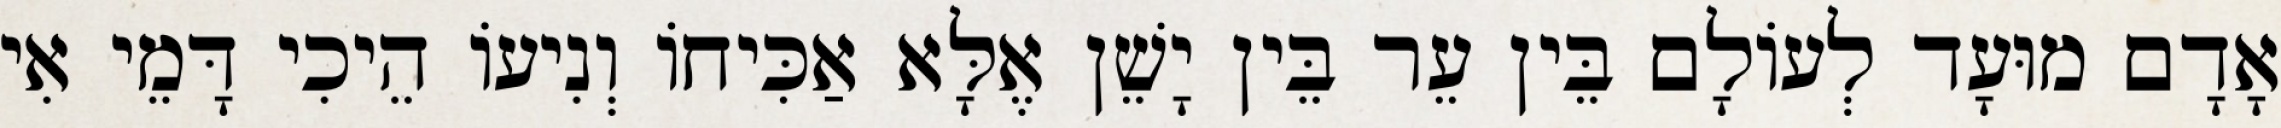
אָדָם מוּעָד לְעוֹלָם בֵּין עֵר בֵּין יָשֵׁן אֶלָּא אַכִּיחוֹ וְנִיעוֹ הֵיכִי דָּמֵי אִי